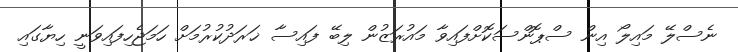
ނެސްލޭ މައިލޯ އިން ސްޕޮންސަކޮށްފައިވާ މައުރަޒުން ލިބޭ ފައިސާ ޚަރަދުކުރުމަށް ހަމަޖެހިފައިވަނީ ހިޔާގައި